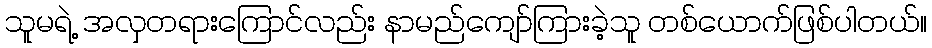
သူမရဲ့ အလှတရားကြောင်လည်း နာမည်ကျော်ကြားခဲ့သူ တစ်ယောက်ဖြစ်ပါတယ်။